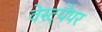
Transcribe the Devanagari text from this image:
वेस्ट्पेपर